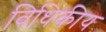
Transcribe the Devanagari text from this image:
विधिकीय